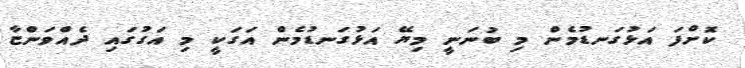
ކޮށްފަ އަޅުގަނޑުމެން މި ބުނަނީ މިޔޭ އަޅުގަނޑުމެން އަގަކީ މި އަގުގައި ދެއްވަންޏާ